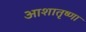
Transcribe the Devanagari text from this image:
आशातृष्णा